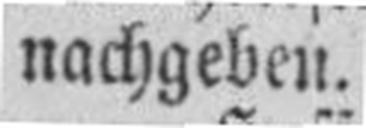
nachgeben.